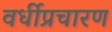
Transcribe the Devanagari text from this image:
वर्धीप्रचारण